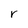
Character: r